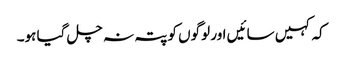
کہ کہیں سائیں اور لوگوں کو پتہ نہ چل گیا ہو۔